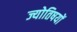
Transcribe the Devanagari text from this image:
ज्योतिषयों